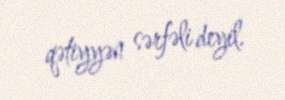
qətiyyən sərfəli deyil.